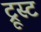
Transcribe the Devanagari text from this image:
ट्रूस्ट